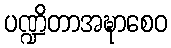
ပဏ္ဍိတာအဍ္ဎာစေဝ